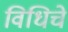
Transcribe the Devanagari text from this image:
विधिचे